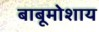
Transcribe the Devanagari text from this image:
बाबूमोशाय